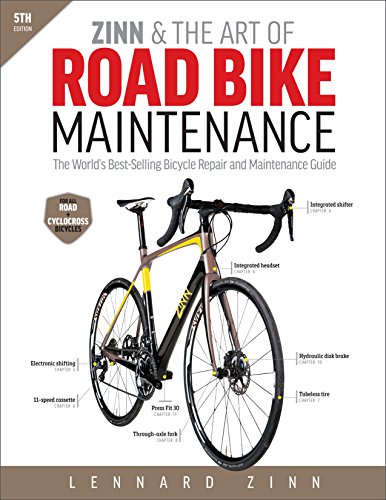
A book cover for Zinn & the Art of Road Bike Maintenance: The World's Best-Selling Bicycle Repair and Maintenance Guide; Zinn; Sports & Outdoors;